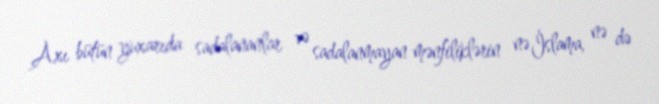
Axı bütün yuxarıda sadalananlar və sadalanmayan mənfiliklərin nə İslama, nə də